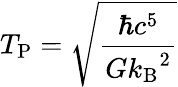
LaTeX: T_{\mathrm{P}}={\sqrt{\frac{\hbar c^{5}}{G{k_{\mathrm{B}}}^{2}}}}